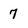
Character: 7